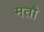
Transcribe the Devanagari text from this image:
मतौ